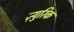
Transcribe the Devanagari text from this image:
ज़्युरिक